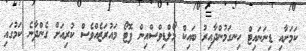
ކަމަށާއި ޑިނަނައިޓް ހިނގަމުންދާއިރު ބައިކް މޯލްޑިވްސްއިން ފޮޓޯ މައުރަޒެއްވެސް ކުރިއަށް ގެންދާނެ ކަމުގައި